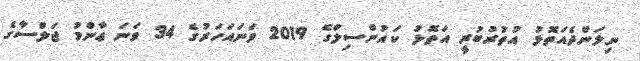
ނިލަންދެއަތޮޅު އުތުރުބުރީ އަތޮޅު ކައުންސިލްގެ 2019 ވަނައަހަރުގެ 34 ވަނަ ޢާންމު ޖަލްސާގެ